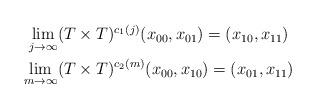
LaTeX: \begin{align*}\begin{gathered}\lim_{j\to\infty}(T \times T)^{c_1(j)}(x_{00},x_{01}) = (x_{10},x_{11}) \\\lim_{m\to\infty}(T \times T)^{c_2(m)}(x_{00},x_{10}) = (x_{01},x_{11})\end{gathered}\end{align*}